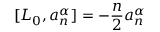
[ L _ { 0 } , a _ { n } ^ { \alpha } ] = - \frac { n } { 2 } a _ { n } ^ { \alpha }